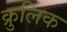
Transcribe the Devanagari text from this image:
क्रुलिक